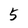
Character: 5